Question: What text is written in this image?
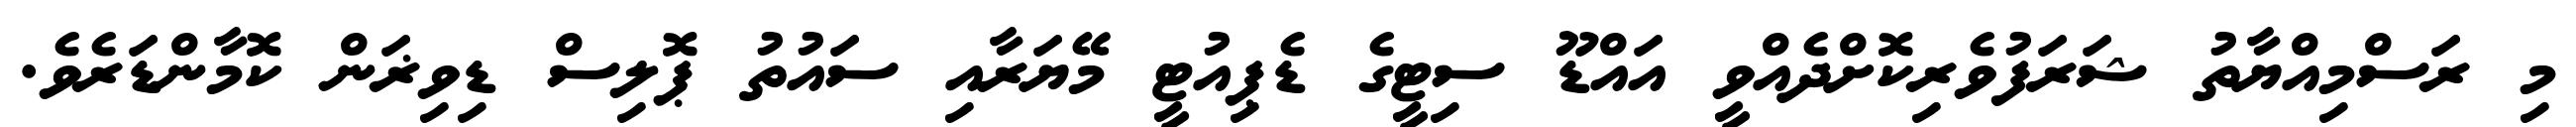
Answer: މި ރަސްމިއްޔާތު ޝަރަފުވެރިކޮށްދެއްވީ އައްޑޫ ސިޓީގެ ޑެޕިއުޓީ މޭޔަރާއި ސައުތު ޕޮލިސް ޑިވިޜަން ކޮމާންޑަރެވެ.